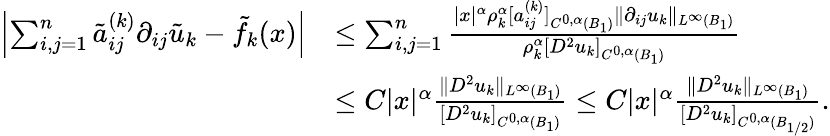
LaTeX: \begin{array}{rl}{\left|\sum_{i,j=1}^{n}\tilde{a}_{ij}^{(k)}\partial_{ij}\tilde{u}_{k}-\tilde{f}_{k}(x)\right|}&{\le\sum_{i,j=1}^{n}\frac{|x|^{\alpha}\rho_{k}^{\alpha}[a_{ij}^{(k)}]_{C^{0,\alpha}(B_{1})}\| \partial_{ij}u_{k}\| _{L^{\infty}(B_{1})}}{\rho_{k}^{\alpha}[D^{2}u_{k}]_{C^{0,\alpha}(B_{1})}}}\\ &{\le C|x|^{\alpha}\frac{\| D^{2}u_{k}\| _{L^{\infty}(B_{1})}}{[D^{2}u_{k}]_{C^{0,\alpha}(B_{1})}}\le C|x|^{\alpha}\frac{\| D^{2}u_{k}\| _{L^{\infty}(B_{1})}}{[D^{2}u_{k}]_{C^{0,\alpha}(B_{1/2})}}.}\end{array}